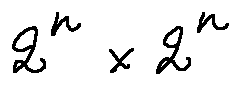
2 ^ { n } \times 2 ^ { n }